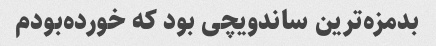
بدمزه‌ترین ساندویچی بود که خورده‌بودم